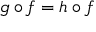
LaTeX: g \circ f = h \circ f